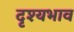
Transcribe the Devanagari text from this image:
दृश्यभाव